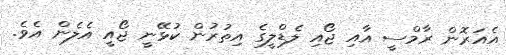
އެއަރޮން ރާމްސީ އާއި ޖޯއި ލެޑްލީގެ އިތުރުން ކުޅޭނީ ޖޯއީ އެލެން އެވެ.